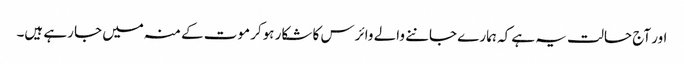
اور آج حالت یہ ہے کہ ہمارے جاننے والے وائرس کا شکار ہوکر موت کے منہ میں جا رہے ہیں۔